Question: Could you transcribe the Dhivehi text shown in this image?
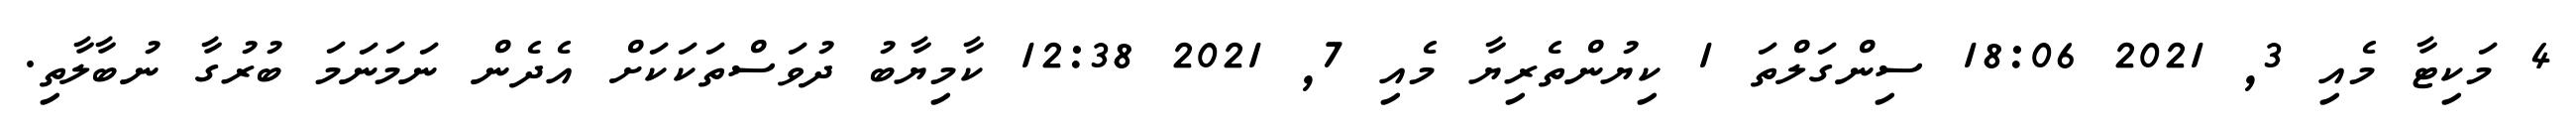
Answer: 4 މަކިޓާ މެއި 3, 2021 18:06 ސިންގަލްތަ 1 ކިޔުންތެރިޔާ މެއި 7, 2021 12:38 ކާމިޔާބު ދުވަސްތަކަކަށް އެދެން ނަމަނަމަ ބުރުގާ ނުބާލާތި.